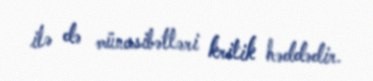
ilə də münasibətləri kritik həddədir.